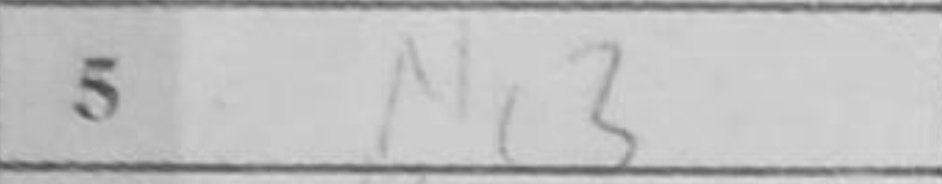
Transcription: Nc3